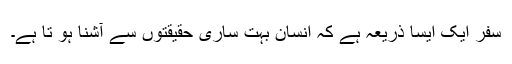
سفر ایک ایسا ذریعہ ہے کہ انسان بہت ساری حقیقتوں سے آشنا ہو تا ہے۔